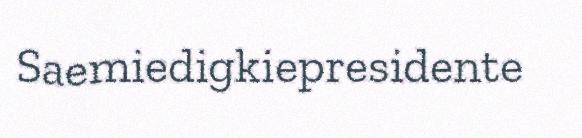
Saemiedigkiepresidente